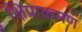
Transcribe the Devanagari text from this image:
क्षिप्राक्रमण